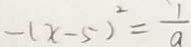
- ( x - 5 ) ^ { 2 } = \frac { 1 } { a }